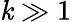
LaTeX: \mathit{k}\gg1